Vaccination in Bombay 1863-1868 - 1863-1868
Year: 1863
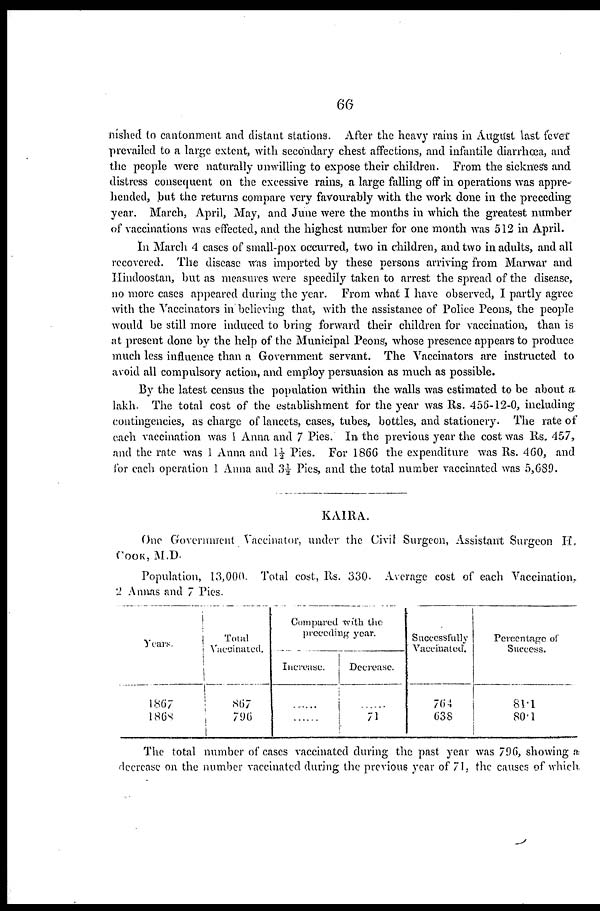
66
nished to cantonment and distant stations. After the heavy rains in August last fever
prevailed to a large extent, with secondary chest affections, and infantile diarrhœa, and
the people were naturally unwilling to expose their children. From the sickness and
distress consequent on the excessive rains, a large falling off in operations was appre-
hended, but the returns compare very favourably with the work done in the preceding
year. March, April, May, and June were the months in which the greatest number
of vaccinations was effected, and the highest number for one month was 512 in April.
In March 4 cases of small-pox occurred, two in children, and two in adults, and all
recovered. The disease was imported by these persons arriving from Marwar and
Hindoostan, but as measures were speedily taken to arrest the spread of the disease,
no more cases appeared during the year. From what I have observed, I partly agree
with the Vaccinators in believing that, with the assistance of Police Peons, the people
would be still more induced to bring forward their children for vaccination, than is
at present done by the help of the Municipal Peons, whose presence appears to produce
much less influence than a Government servant. The Vaccinators are instructed to
avoid all compulsory action, and employ persuasion as much as possible.
By the latest census the population within the walls was estimated to be about a
lakh. The total cost of the establishment for the year was Rs. 456-12-0, including
contingencies, as charge of lancets, cases, tubes, bottles, and stationery. The rate of
each vaccination was 1 Anna and 7 Pies. In the previous year the cost was Rs. 457,
and the rate was 1 Anna and 1½ Pies. For 1866 the expenditure was Rs. 460, and
for each operation 1 Anna and 3½ Pies, and the total number vaccinated was 5,689.
KAIRA.
One Government Vaccinator, under the Civil Surgeon, Assistant Surgeon H.
COOK, M.D.
Population, 13,000. Total cost, Rs. 330. Average cost of each Vaccination,
2 Annas and 7 Pies.
Years.
1867
1868
Total
Vaccinated.
867
796
Compared with the
preceding year.
Increase.
......
......
Decrease.
......
71
Successfully
Vaccinated.
764
638
Percentage of
Success.
81.1
80.1
The total number of cases vaccinated during the past year was 796, showing a
decrease on the number vaccinated during the previous year of 71, the causes of which